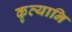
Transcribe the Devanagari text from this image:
कृत्यानि